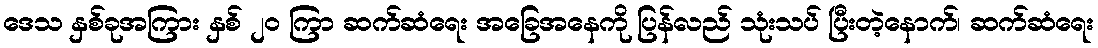
ဒေသ နှစ်ခုအကြား နှစ် ၂၀ ကြာ ဆက်ဆံရေး အခြေအနေကို ပြန်လည် သုံးသပ် ပြီးတဲ့နောက်၊ ဆက်ဆံရေး